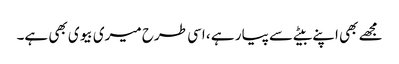
مجھے بھی اپنے بیٹے سے پیار ہے ، اسی طرح میری بیوی بھی ہے۔